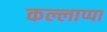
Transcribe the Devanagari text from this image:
कल्लाप्पा